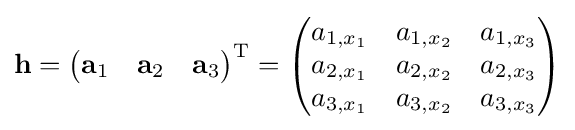
\mathbf {h} ={\begin{pmatrix}\mathbf {a} _{1}&\mathbf {a} _{2}&\mathbf {a} _{3}\end{pmatrix}}^{\operatorname {T} }={\begin{pmatrix}a_{1,x_{1}}&a_{1,x_{2}}&a_{1,x_{3}}\\a_{2,x_{1}}&a_{2,x_{2}}&a_{2,x_{3}}\\a_{3,x_{1}}&a_{3,x_{2}}&a_{3,x_{3}}\end{pmatrix}}